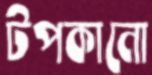
টপকানো